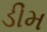
ડીમ